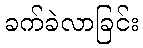
ခက်ခဲလာခြင်း